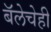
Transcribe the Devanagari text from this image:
बॅलेचेही